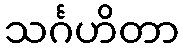
သင်္ဂဟိတာ